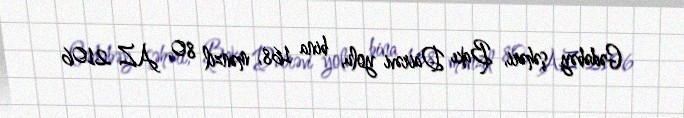
Gədəbəy şəhəri, Bakı Dairəvi yolu, bina 168, mənzil 80, AZ 2106